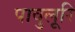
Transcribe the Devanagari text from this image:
पावुलूरि